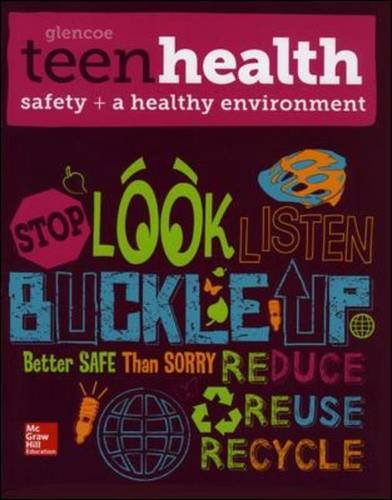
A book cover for Teen Health, Safety and a Healthy Environment 2014; McGraw-Hill Education; Health, Fitness & Dieting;